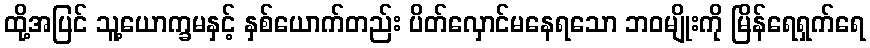
ထို့အပြင် သူ့ယောက္ခမနှင့် နှစ်ယောက်တည်း ပိတ်လှောင်မနေရသော ဘဝမျိုးကို မြိန်ရေရှက်ရေ